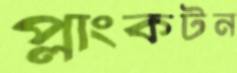
প্লাংকটন